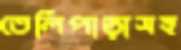
তেলিপাড়াসহ